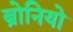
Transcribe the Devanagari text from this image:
ब्रोनियो